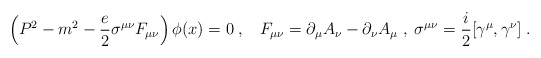
\begin{align*}\left(P^2-m^2 -\frac{e}{2}\sigma^{\mu\nu} F_{\mu\nu} \right)\phi(x)=0\;,\;\;\;F_{\mu\nu}=\partial_{\mu} A_{\nu} -\partial_{\nu} A_{\mu}\;,\;\sigma^{\mu\nu}=\frac{i}{2}[\gamma^{\mu},\gamma^{\nu}]\;.\end{align*}